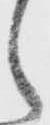
之